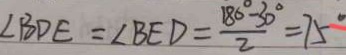
\angle B D E = \angle B E D = \frac { 1 8 0 ^ { \circ } - 3 0 ^ { \circ } } { 2 } = 7 5 ^ { \circ }